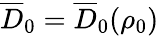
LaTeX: \overline{{D}}_{0}=\overline{{D}}_{0}(\rho_{0})